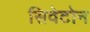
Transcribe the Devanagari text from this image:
सिवेटोन